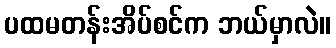
ပထမတန်းအိပ်စင်က ဘယ်မှာလဲ။